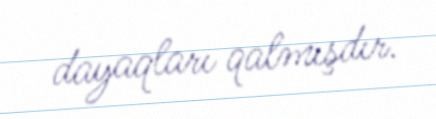
dayaqları qalmışdır.